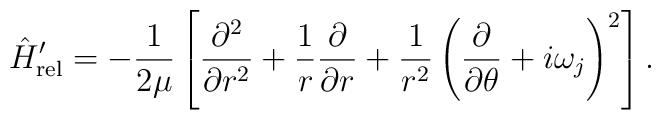
\hat H_{\rm rel}^\prime =-\frac{1}{2\mu}\left[\frac{\partial^2}{\partial r^2}+\frac{1}{r}\frac{\partial}{\partial r}+\frac{1}{r^2}\left(\frac{\partial}{\partial \theta}+i\omega_j\right)^2\right].